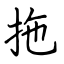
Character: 拖